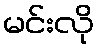
မင်းလို